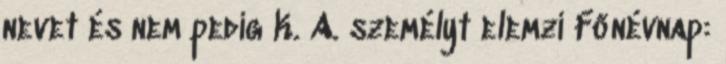
nevet és nem pedig K. A. személyt elemzi Főnévnap: